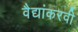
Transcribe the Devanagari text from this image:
वैद्यांकरवी